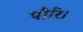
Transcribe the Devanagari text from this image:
पौरि।